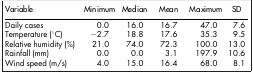
| Variable | Minimum | Median | Mean | Maximum | SD |
 | --- | --- | --- | --- | --- | --- |
 | Daily cases | 0.0 | 16.0 | 16.7 | 47.0 | 7.6 |
 | Temperature (°C) | −2.7 | 18.8 | 17.6 | 35.3 | 9.5 |
 | Relative humidity (%) | 21.0 | 74.0 | 72.3 | 100.0 | 13.0 |
 | Rainfall (mm) | 0.0 | 0.0 | 3.1 | 197.9 | 10.6 |
 | Wind speed (m/s) | 4.0 | 15.0 | 16.4 | 68.0 | 8.1 |